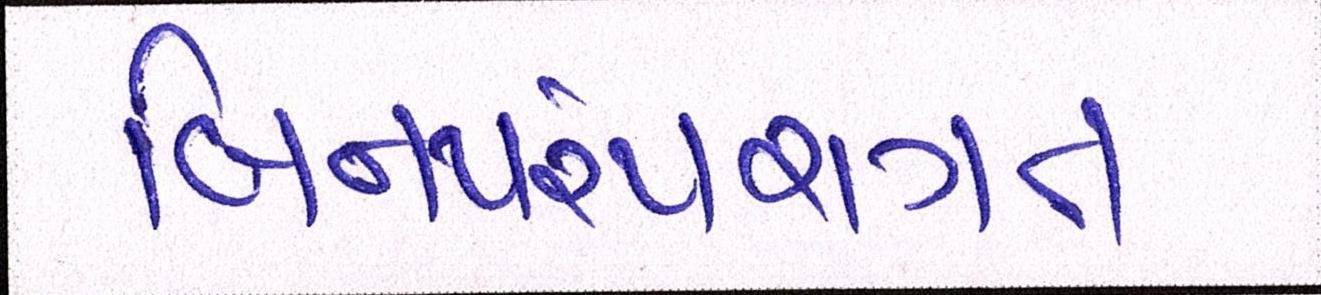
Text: બિનપરંપરાગત